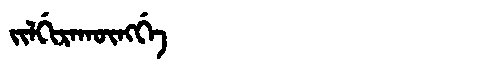
Manchu: ᠵᡳᠯᡤᡳᡵᠠᡴᡡᠩᡤᡝ
Romanization: JILGIRAKŪNGGE